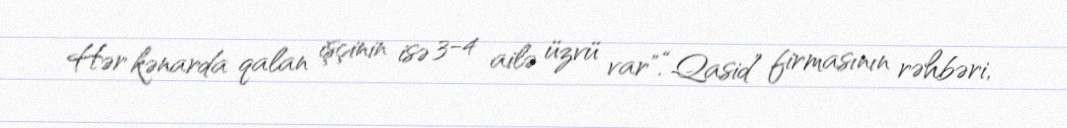
Hər kənarda qalan işçinin isə 3-4 ailə üzvü var".“Qasid” firmasının rəhbəri,